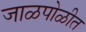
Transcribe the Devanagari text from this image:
जाळपोळीत